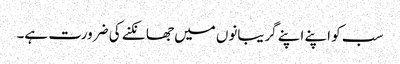
سب کو اپنے اپنے گریبانوں میں جھانکنے کی ضرورت ہے۔